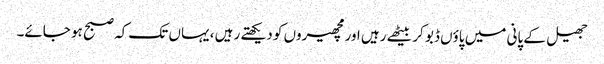
جھیل کے پانی میں پاؤں ڈبو کر بیٹھے رہیں اور مچھیروں کو دیکھتے رہیں ، یہاں تک کہ صبح ہو جائے۔